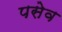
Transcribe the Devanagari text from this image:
पसेव